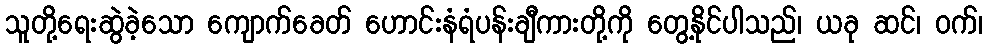
သူတို့ရေးဆွဲခဲ့သော ကျောက်ခေတ် ဟောင်းနံရံပန်းချီကားတို့ကို တွေ့နိုင်ပါသည်၊ ယခု ဆင်၊ ဝက်၊